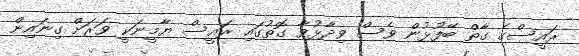
ރައީސްގެ ގާތް ބޭފުޅުން ވެސް ވިދާޅުވާ ގޮތުގައި ރައީސް ޔާމީނަކީ ވަރަށް ގިނައިން